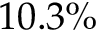
1 0 . 3 \%